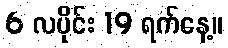
6 လပိုင်း 19 ရက်နေ့။